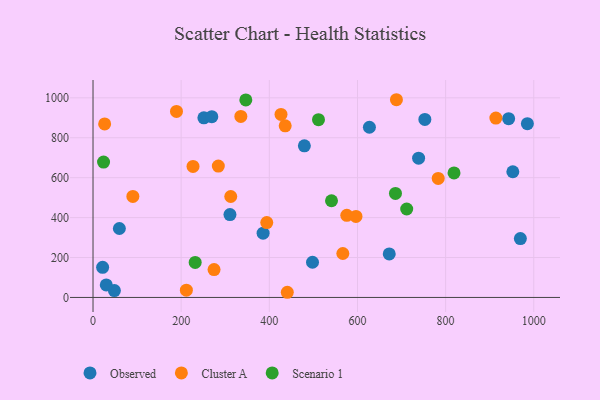
{"axis": {"x": "Distance", "y": "Sales"}, "legend": ["Cluster A", "Observed", "Scenario 1"], "data": [{"x": "48.5", "y": 34.6, "type": "Observed"}, {"x": "59.8", "y": 345.5, "type": "Observed"}, {"x": "752.9", "y": 892.0, "type": "Observed"}, {"x": "310.7", "y": 415.2, "type": "Observed"}, {"x": "985.5", "y": 870.6, "type": "Observed"}, {"x": "21.8", "y": 150.8, "type": "Observed"}, {"x": "498.0", "y": 176.4, "type": "Observed"}, {"x": "943.0", "y": 895.6, "type": "Observed"}, {"x": "251.5", "y": 899.6, "type": "Observed"}, {"x": "952.5", "y": 629.6, "type": "Observed"}, {"x": "738.7", "y": 697.9, "type": "Observed"}, {"x": "385.9", "y": 321.9, "type": "Observed"}, {"x": "269.5", "y": 905.7, "type": "Observed"}, {"x": "30.1", "y": 62.6, "type": "Observed"}, {"x": "969.6", "y": 295.0, "type": "Observed"}, {"x": "672.1", "y": 218.0, "type": "Observed"}, {"x": "479.5", "y": 759.6, "type": "Observed"}, {"x": "627.1", "y": 852.7, "type": "Observed"}, {"x": "783.2", "y": 596.1, "type": "Cluster A"}, {"x": "90.4", "y": 506.2, "type": "Cluster A"}, {"x": "440.8", "y": 25.9, "type": "Cluster A"}, {"x": "575.8", "y": 411.6, "type": "Cluster A"}, {"x": "274.6", "y": 139.7, "type": "Cluster A"}, {"x": "312.5", "y": 505.7, "type": "Cluster A"}, {"x": "189.4", "y": 931.7, "type": "Cluster A"}, {"x": "284.3", "y": 658.2, "type": "Cluster A"}, {"x": "226.9", "y": 656.2, "type": "Cluster A"}, {"x": "914.0", "y": 898.5, "type": "Cluster A"}, {"x": "26.4", "y": 869.3, "type": "Cluster A"}, {"x": "426.5", "y": 917.0, "type": "Cluster A"}, {"x": "688.4", "y": 990.5, "type": "Cluster A"}, {"x": "394.2", "y": 374.9, "type": "Cluster A"}, {"x": "566.8", "y": 220.2, "type": "Cluster A"}, {"x": "596.6", "y": 406.1, "type": "Cluster A"}, {"x": "211.8", "y": 36.3, "type": "Cluster A"}, {"x": "436.0", "y": 859.8, "type": "Cluster A"}, {"x": "335.4", "y": 906.8, "type": "Cluster A"}, {"x": "711.7", "y": 443.2, "type": "Scenario 1"}, {"x": "231.8", "y": 175.4, "type": "Scenario 1"}, {"x": "23.9", "y": 678.0, "type": "Scenario 1"}, {"x": "346.7", "y": 989.7, "type": "Scenario 1"}, {"x": "819.1", "y": 624.0, "type": "Scenario 1"}, {"x": "511.6", "y": 890.5, "type": "Scenario 1"}, {"x": "686.2", "y": 520.9, "type": "Scenario 1"}, {"x": "541.1", "y": 484.3, "type": "Scenario 1"}]}